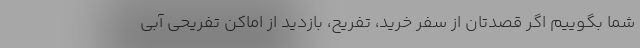
شما بگوییم اگر قصدتان از سفر خرید، تفریح، بازدید از اماکن تفریحی آبی